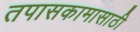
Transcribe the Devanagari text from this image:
तपासकामासाठी